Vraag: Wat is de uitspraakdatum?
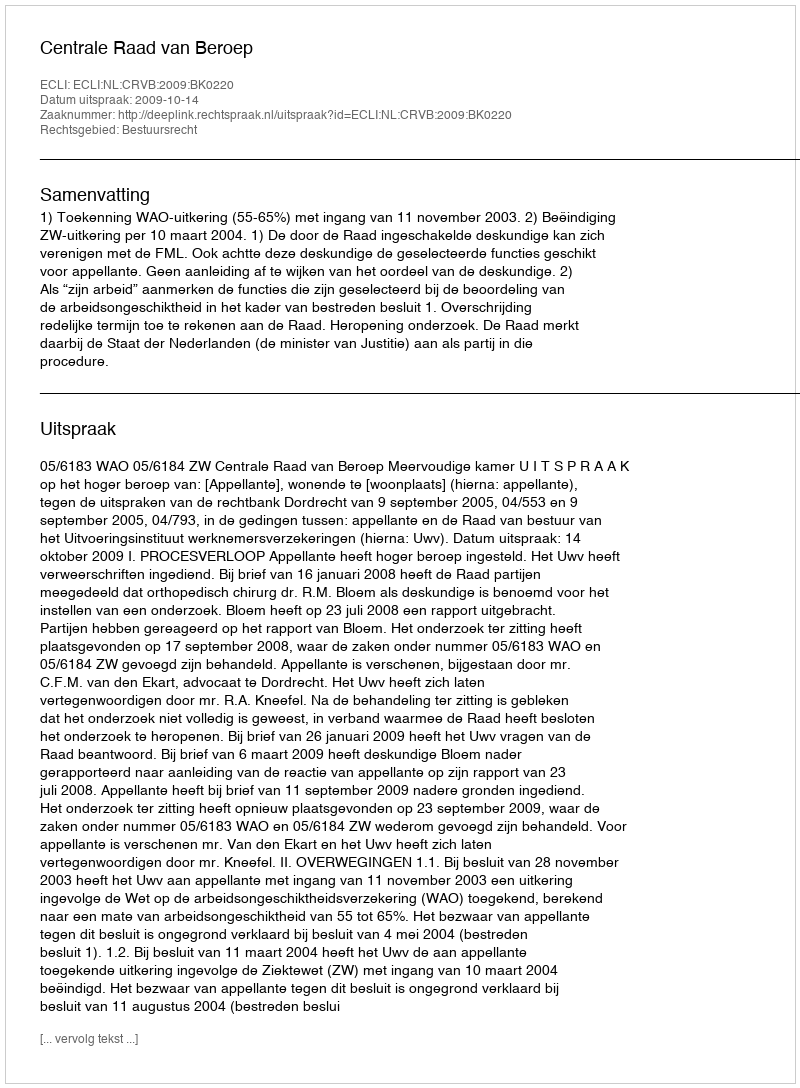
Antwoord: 2009-10-14